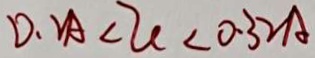
D . 2 A < 2 c < 0 . 3 2 A